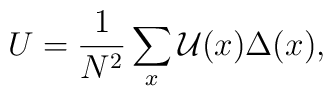
U=\frac{1}{N^2}\sum_x\mathcal{U}(x)\Delta(x),